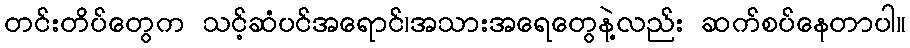
တင်းတိပ်တွေက သင့်ဆံပင်အရောင်၊အသားအရေတွေနဲ့လည်း ဆက်စပ်နေတာပါ။